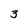
Character: 3